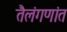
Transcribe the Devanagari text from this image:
तैलंगणांत